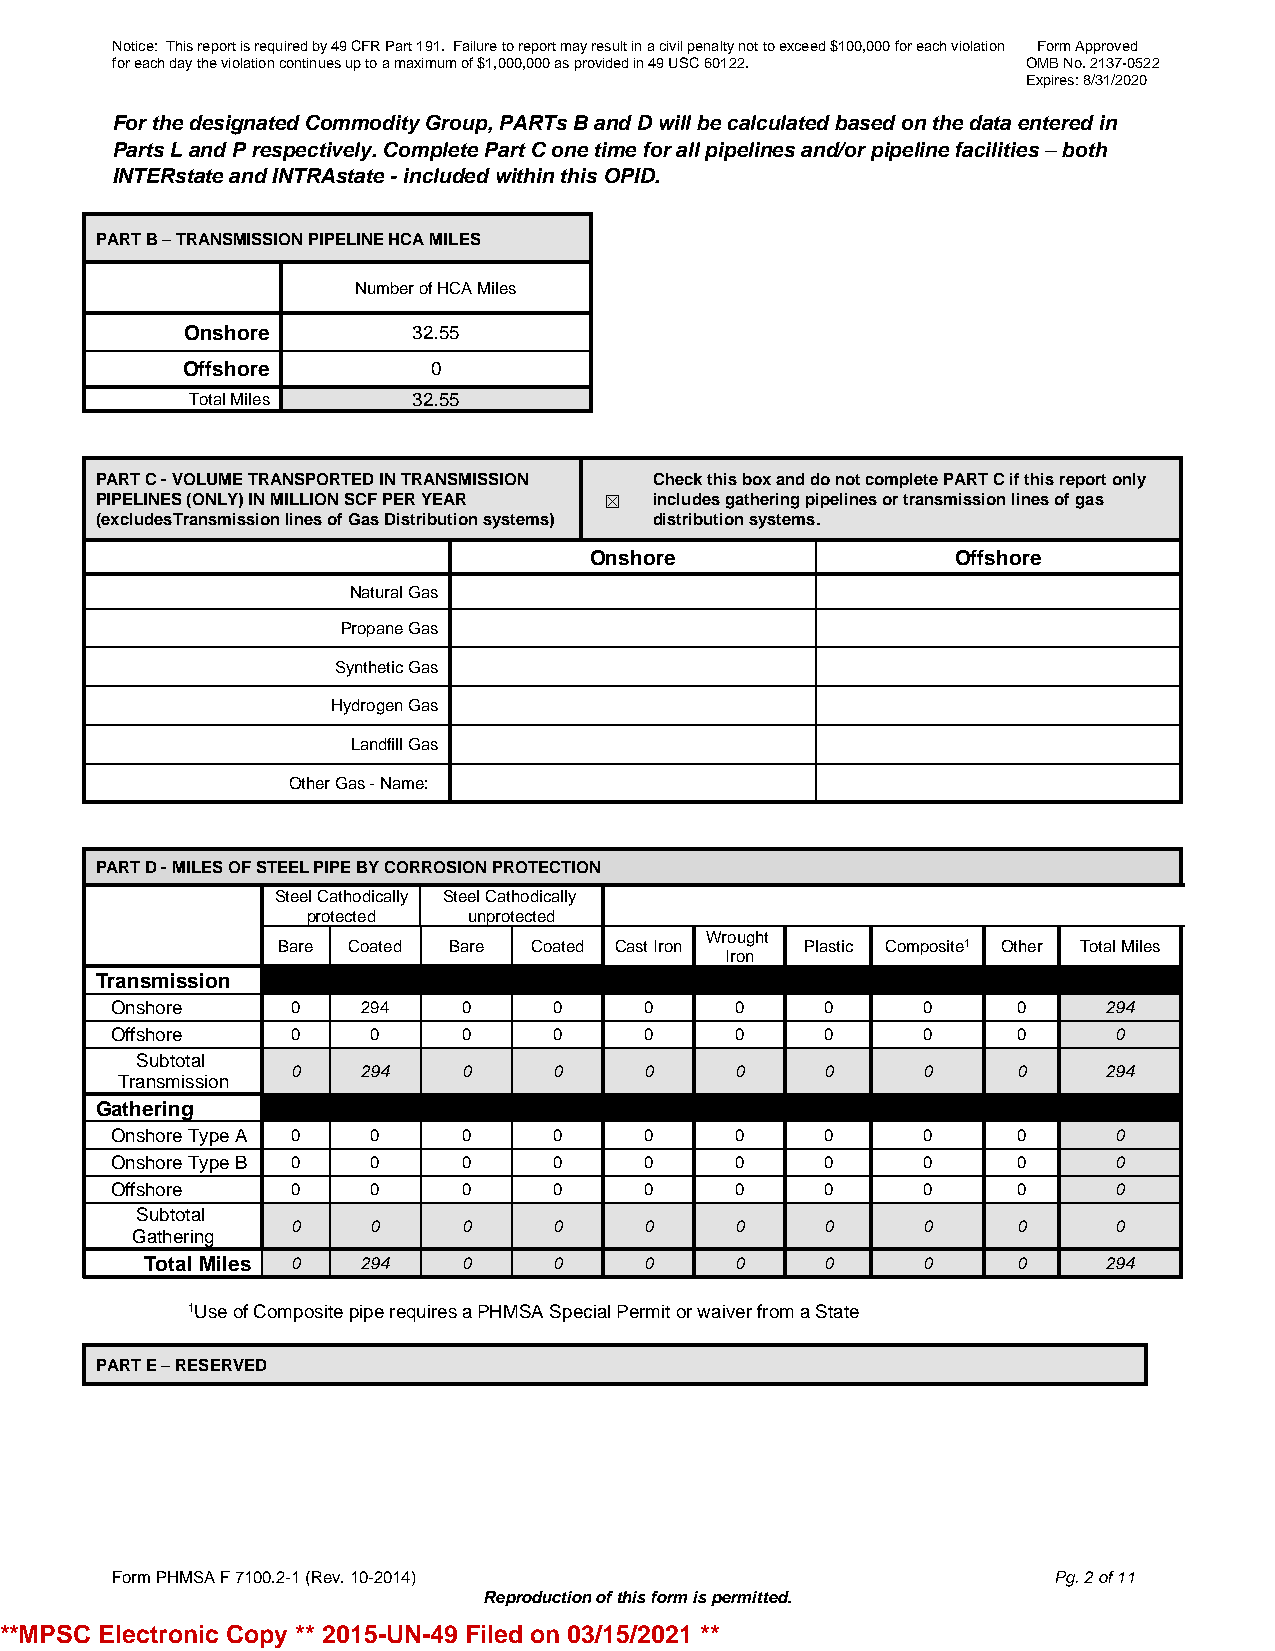
Notice: This report is required by 49 CFR Part 191. Failure to report may result in a civil penalty not to exceed $100,000 for each violation Form Approved
 for each day the violation continues up to a maximum of $1,000,000 as provided in 49 USC 60122. OMB No. 2137-0522
 Expires: 8/31/2020
 For the designated Commodity Group, PARTs B and D will be calculated based on the data entered in
 Parts L and P respectively. Complete Part C one time for all pipelines and/or pipeline facilities – both
 INTERstate and INTRAstate - included within this OPID.
 PART B – TRANSMISSION PIPELINE HCA MILES
 Number of HCA Miles
 Onshore        32.55
 Offshore         0
 Total Miles   32.55
 PART C - VOLUME TRANSPORTED IN TRANSMISSION Check this box and do not complete PART C if this report only
 PIPELINES (ONLY) IN MILLION SCF PER YEAR ☒ includes gathering pipelines or transmission lines of gas
 (excludesTransmission lines of Gas Distribution systems) distribution systems.
 Onshore                 Offshore
 Natural Gas
 Propane Gas
 Synthetic Gas
 Hydrogen Gas
 Landfill Gas
 Other Gas - Name:
 PART D - MILES OF STEEL PIPE BY CORROSION PROTECTION
 Steel Cathodically Steel Cathodically
 protected  unprotected
 Wrought
 Bare Coated Bare Coated Cast Iron  Plastic Composite1 Other Total Miles
 Iron
 Transmission
 Onshore     0    294    0     0     0     0     0     0     0     294
 Offshore    0     0     0     0     0     0     0     0     0      0
 Subtotal
 0    294    0     0     0     0     0     0     0     294
 Transmission
 Gathering
 Onshore Type A 0  0     0     0     0     0     0     0     0      0
 Onshore Type B 0  0     0     0     0     0     0     0     0      0
 Offshore    0     0     0     0     0     0     0     0     0      0
 Subtotal
 0     0     0     0     0     0     0     0     0      0
 Gathering
 Total Miles 0 294    0     0     0     0     0     0     0     294
 1Use of Composite pipe requires a PHMSA Special Permit or waiver from a State
 PART E – RESERVED
 Form PHMSA F 7100.2-1 (Rev. 10-2014)                           Pg. 2 of 11
 Reproduction of this form is permitted.
 **MPSC Electronic Copy ** 2015-UN-49 Filed on 03/15/2021 **